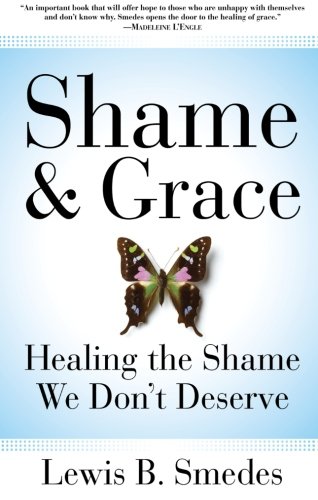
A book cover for Shame and Grace: Healing the Shame We Don't Deserve; Lewis B. Smedes; Christian Books & Bibles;